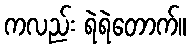
ကလည်း ရဲရဲတောက်။